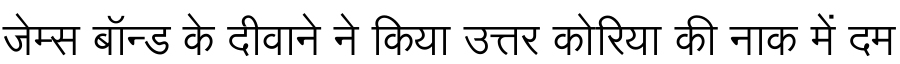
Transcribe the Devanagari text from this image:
जेम्स बॉन्ड के दीवाने ने किया उत्तर कोरिया की नाक में दम